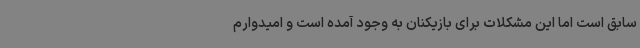
سابق است اما این مشکلات برای بازیکنان به وجود آمده است و امیدوارم